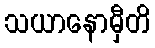
သယာနောမှီတိ